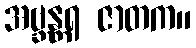
အဗ္ဘန္တရ ဇာတက။